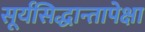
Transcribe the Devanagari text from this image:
सूर्यसिद्धान्तापेक्षा